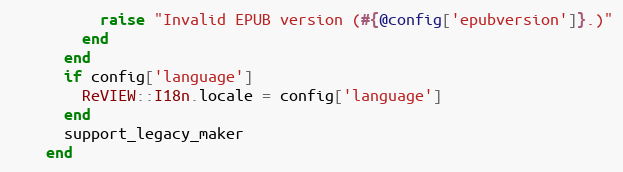
Language: Ruby
          raise "Invalid EPUB version (#{@config['epubversion']}.)"
        end
      end
      if config['language']
        ReVIEW::I18n.locale = config['language']
      end
      support_legacy_maker
    end